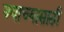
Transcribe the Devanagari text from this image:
ज्याच्यासाठी